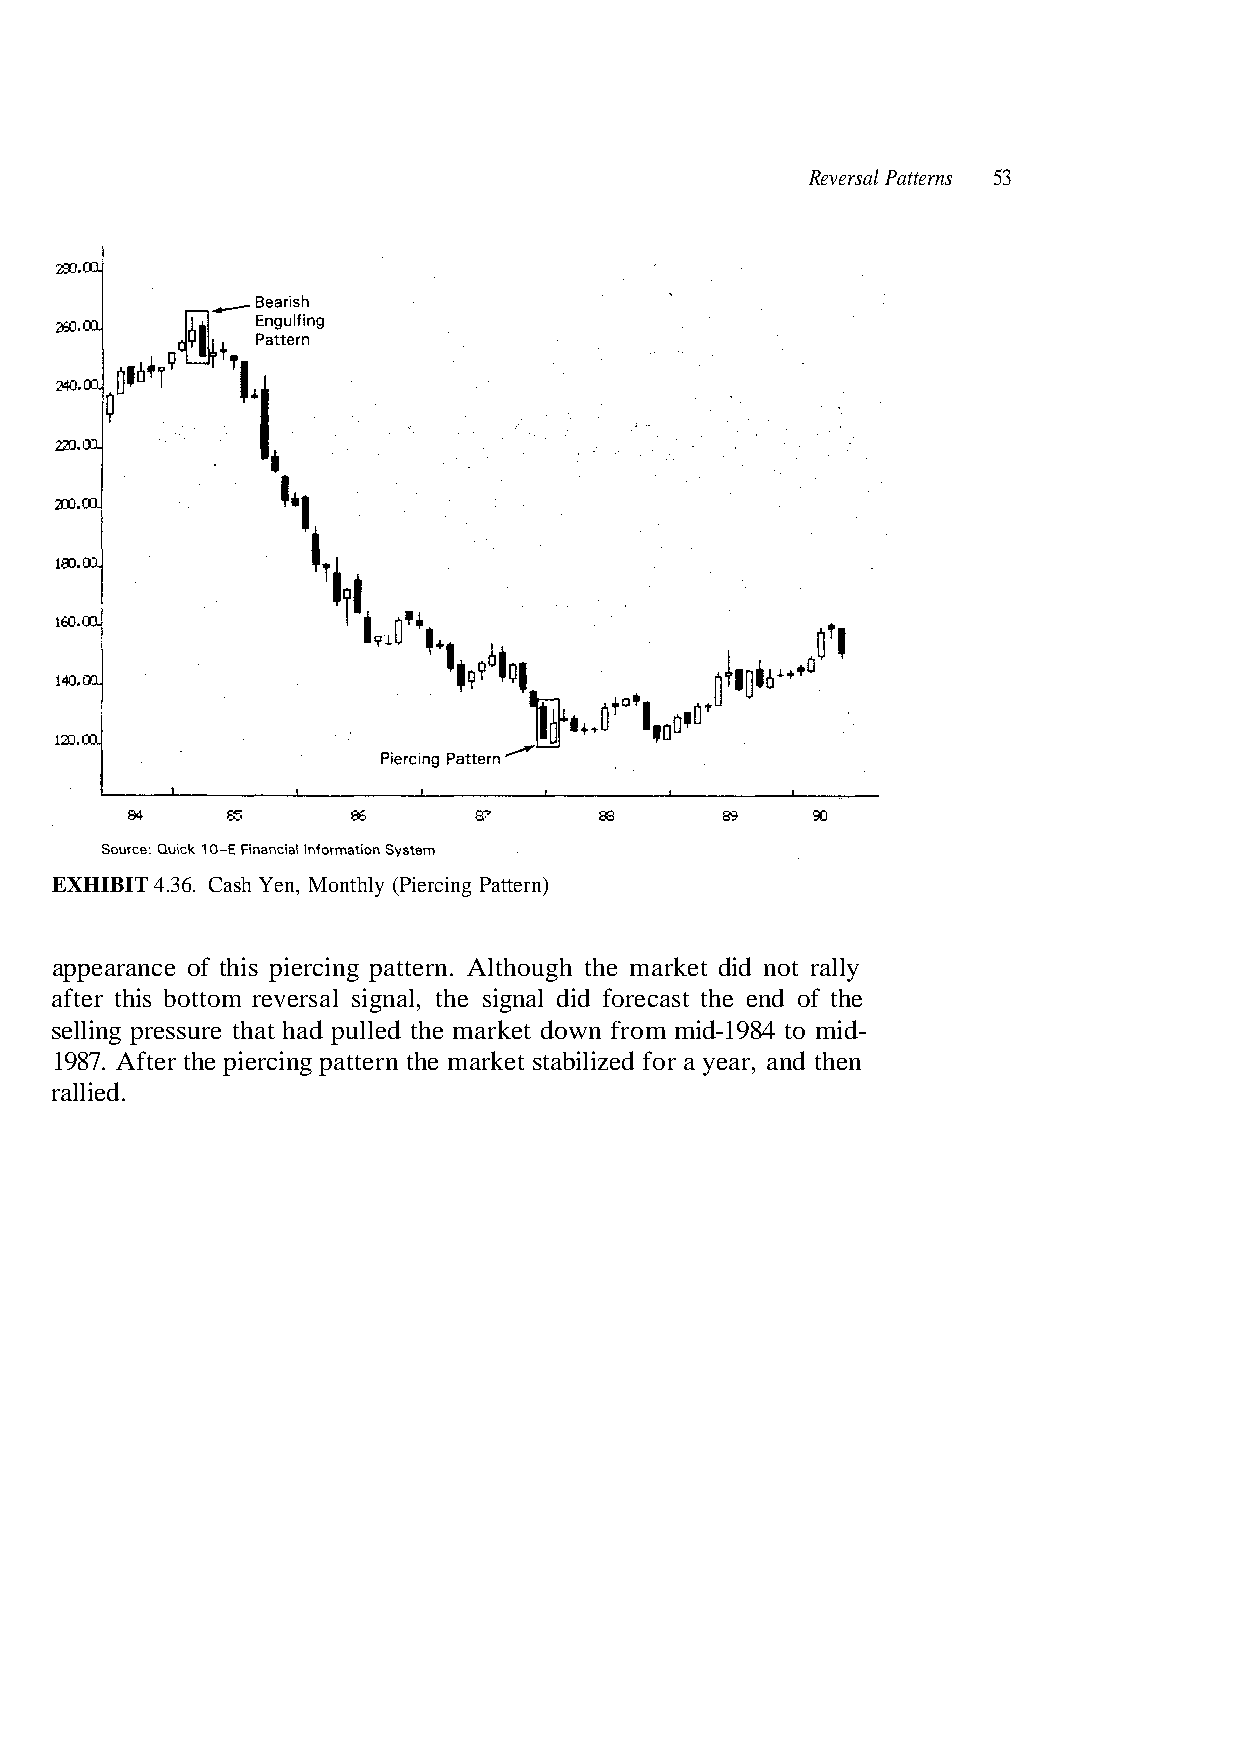
appearance of this piercing pattern. Although the market did not rally
 selling pressure that had pulled the market down from mid-1984 to mid-
 rallied.
 ) n r e t t a P g n i c r e i P ( y l h t n o M , n e Y h s a C . 6 3 EXHIBIT 4.
 after this bottom reversal signal, the signal did forecast the end of the
 1987. After the piercing pattern the market stabilized for a year, and then
 3 5   s n r e t t a P l a s r e v e R